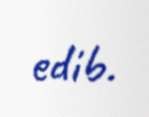
edib.